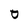
Character: 0